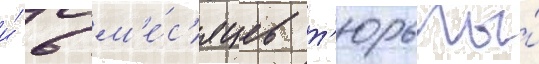
и́ 6 м'е́с'яцев т'юрьмы́